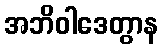
အဘိဝါဒေတွာန